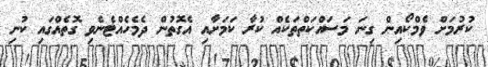
ކުރުމަށް ވެމްކޯއިން ގިނަ މަސައްކަަތްތަކެއް ކުރާ ކަމަށާއި އެގޮތުން ދެމެހެއްޓެނެވި ގޮތެއްގައި ކުނި